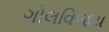
ગોલવિજય